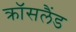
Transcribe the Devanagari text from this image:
क्रॉसलैंड